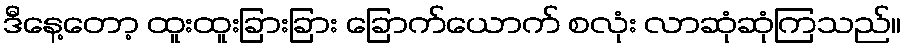
ဒီနေ့တော့ ထူးထူးခြားခြား ခြောက်ယောက် စလုံး လာဆုံဆုံကြသည်။